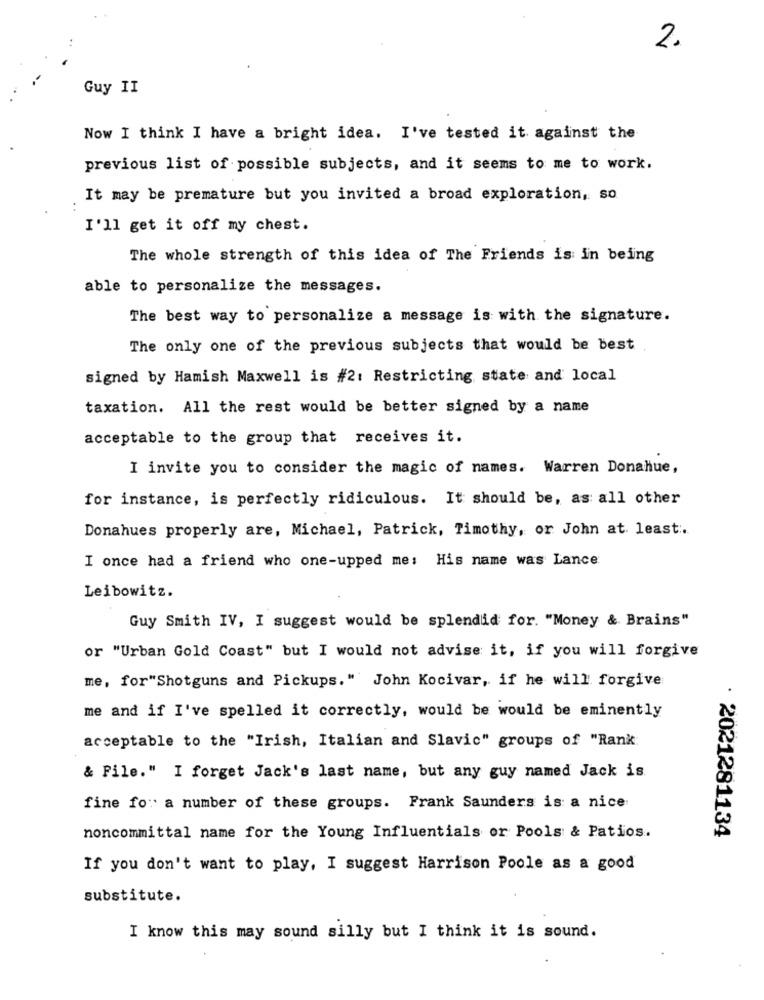
2.
Guy II
Now I think I have a bright idea. I've tested it against the
previous list of possible subjects, and it seems to me to work.
It may be premature but you invited a broad exploration, so
I'll get it off my chest.
The whole strength of this idea of The Friends is in being
able to personalize the messages.
The best way to personalize a message is with the signature.
The only one of the previous subjects that would be best
signed by Hamish Maxwell is #2: Restricting state and local
taxation. All the rest would be better signed by a name
acceptable to the group that receives it.
I invite you to consider the magic of names. Warren Donahue,
for instance, is perfectly ridiculous. It should be, as all other
Donahues properly are, Michael, Patrick, Timothy, or John at least :.
I once had a friend who one-upped me: His name was Lance
Leibowitz.
Guy Smith IV, I suggest would be splendid for. "Money & Brains"
or "Urban Gold Coast" but I would not advise it, if you will forgive
me, for"Shotguns and Pickups." John Kocivar, if he will forgive
me and if I've spelled it correctly, would be would be eminently
acceptable to the "Irish, Italian and Slavic" groups of "Rank
& File." I forget Jack's last name, but any guy named Jack is.
fine fo: a number of these groups. Frank Saunders is a nice
· 2021281134
noncommittal name for the Young Influentials or Pools & Patios.
If you don't want to play, I suggest Harrison Poole as a good
substitute.
I know this may sound silly but I think it is sound.